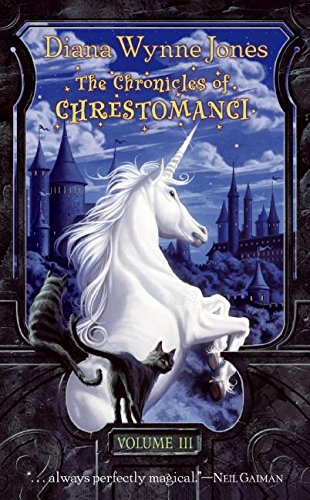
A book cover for The Chronicles of Chrestomanci, Vol. 3 (Conrad's Fate / The Pinhoe Egg); Diana Wynne Jones; Science Fiction & Fantasy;